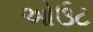
ઓઉટ